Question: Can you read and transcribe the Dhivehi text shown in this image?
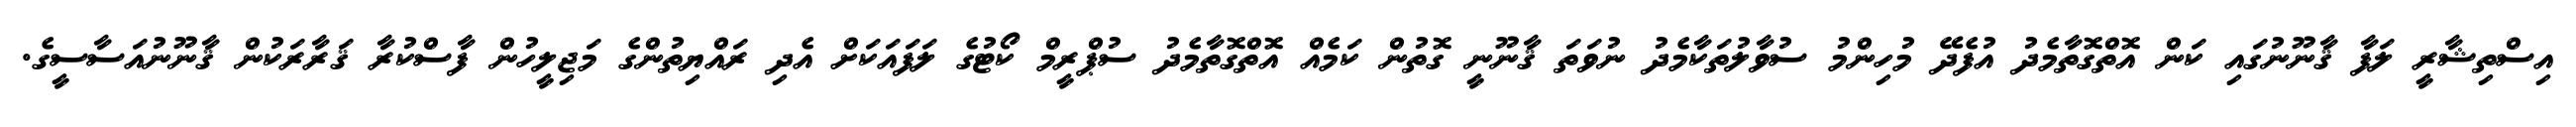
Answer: އިސްތިޝާރީ ލަފާ ޤާނޫނުގައި ކަން އޮތްގޮތާމެދު އުފެދޭ މުހިންމު ސުވާލުތަކާމެދު ނުވަތަ ޤާނޫނީ ގޮތުން ކަމެއް އޮތްގޮތާމެދު ސުޕްރީމް ކޯޓުގެ ލަފައަކަށް އެދި ރައްޔިތުންގެ މަޖިލީހުން ފާސްކުރާ ޤަރާރަކުން ޤާނޫނުއަސާސީގެ.